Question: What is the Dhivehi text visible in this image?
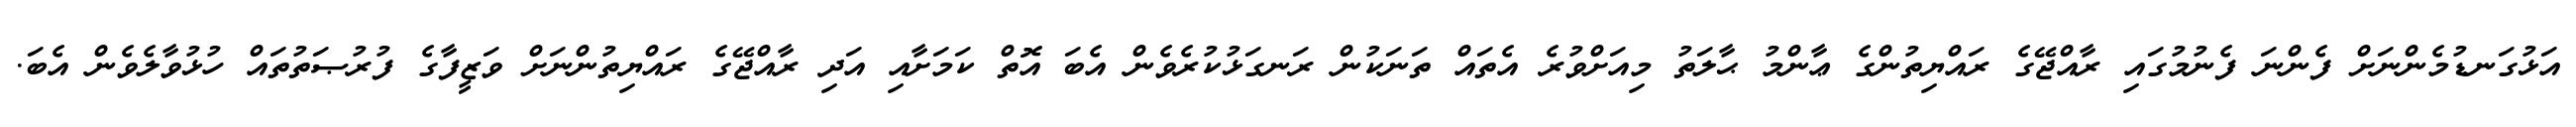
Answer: އަޅުގަނޑުމެންނަށް ފެންނަ ފެނުމުގައި ރާއްޖޭގެ ރައްޔިތުންގެ ޢާންމު ޙާލަތު މިއަށްވުރެ އެތައް ތަނަކުން ރަނގަޅުކުރެވެން އެބަ އޮތް ކަމަށާއި އަދި ރާއްޖޭގެ ރައްޔިތުންނަށް ވަޒީފާގެ ފުރުޞަތުތައް ހުޅުވާލެވެން އެބަ.